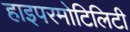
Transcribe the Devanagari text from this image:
हाइपरमोटिलिटी